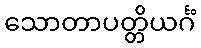
သောတာပတ္တိယင်္ဂံ